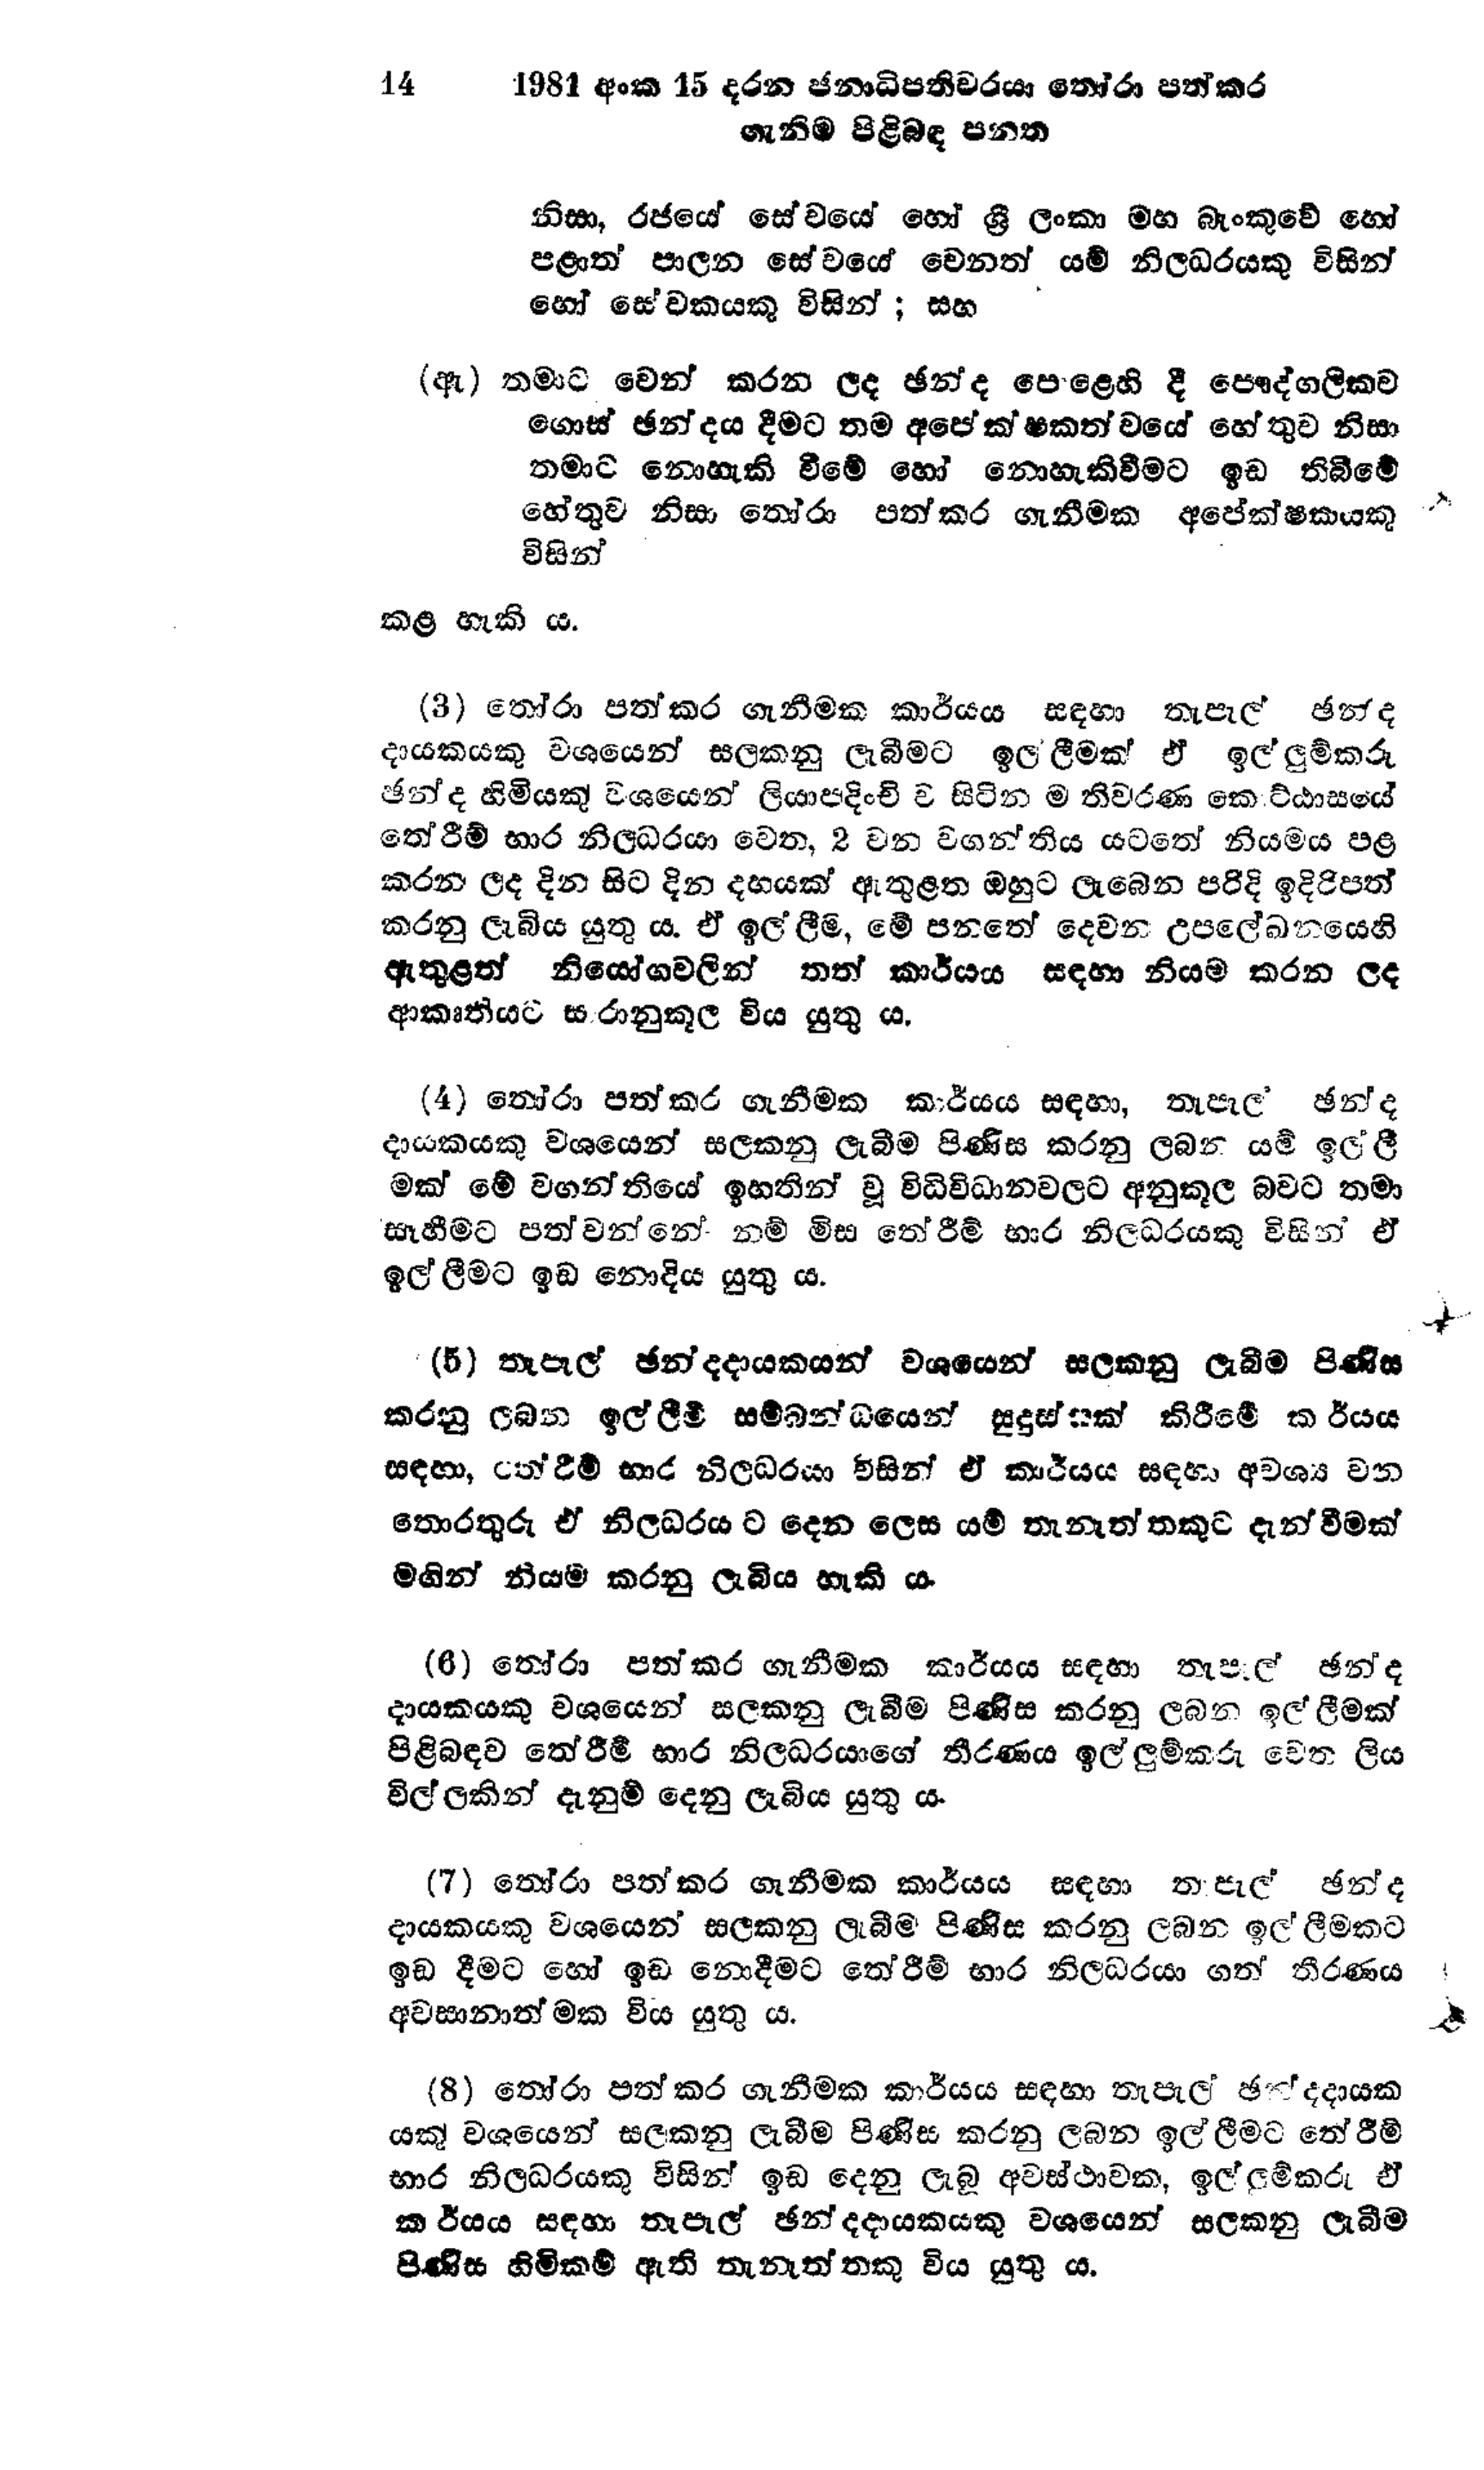
14	1981 අංක 15 දරන ජනාධිපතිවරයා තෝරා පත් කර
			ගැනීම පිළිබඳ පනත

නිසා, රජයේ සේවයේ හෝ ශ්‍රී ලංකා මහ බැංකුවේ හෝ
පළාත් පාලන සේවයේ වෙනත් යම් නිලධරයකු විසින්
හෝ සේවකයකු විසින් ; සහ

(ඇ) තමාට වෙන් කරන ලද ඡන්ද පොළෙහි දී පෞද්ගලිකව
ගොස් ඡන්දය දීමට තම අපේක්ෂකත්වයේ හේතුව නිසා
තමාට නොහැකි වීමේ හෝ නොහැකිවීමට ඉඩ තිබීමේ
හේතුව නිසා තෝරා පත් කර ගැනීමක අපේක්ෂකයකු
විසින්

කළ හැකි ය.

(3) තෝරා පත්කර ගැනීමක කාර්යය සඳහා තැපැල් ඡන්ද
දායකයකු වශයෙන් සලකනු ලැබීමට ඉල්ලීමක් ඒ ඉල්ලුම්කරු
ඡන්ද හිමියකු වශයෙන් ලියාපදිංචි ව සිටින මැතිවරණ කොට්ඨාසයේ
තේරීම් භාර නිලධරයා වෙත, 2 වන වගන්තිය යටතේ නියමය පළ
කරන ලද දින සිට දින දහයක් ඇතුළත ඔහුට ලැබෙන පරිදි ඉදිරිපත්
කරනු ලැබිය යුතු ය. ඒ ඉල්ලීම, මේ පනතේ දෙවන උපලේඛනයෙහි
ඇතුළත් නියෝගවලින් තත් කාර්යය සඳහා නියම කරන ලද
ආකෘතියට සාරානුකූල විය යුතු ය.

(4) තෝරා පත් කර ගැනීමක කාර්යය සඳහා, තැපෑල ඡන්ද
දායකයකු වශයෙන් සලකනු ලැබීම පිණිස කරනු ලබන යම් ඉල්ලී
මක් මේ වගන්තියේ ඉහතින් වූ විධිවිධානවලට අනුකූල බවට තමා
සෑහීමට පත්වන්නේ නම් මිස තේරීම් භාර නිලධරයකු විසින් ඒ
ඉල්ලීමට ඉඩ නොදිය යුතු ය.

(5) තැපැල් ඡන්දදායකයන් වශයෙන් සලකනු ලැබීම පිණිස
කරනු ලබන ඉල්ලීම් සම්බන්ධයෙන් සුදුස්සෙක් කිරීමේ කාර්යය
සඳහා, තේරිම් භාර නිලධරයා විසින් ඒ කාර්යය සඳහා අවශ්‍ය වන
තොරතුරු ඒ නිලධරයාට දෙන ලෙස යම් තැනැත්තකුට දැන්වීමක්
මගින් නියම කරනු ලැබිය හැකි ය.

(6) තෝරා පත් කර ගැනීමක කාර්යය සඳහා තැපැල් ඡන්ද
දායකයකු වශයෙන් සලකනු ලැබීම පිණිස කරනු ලබන ඉල්ලීමක්
පිළිබඳව තේරීම් භාර නිලධරයාගේ තීරණය ඉල්ලුම්කරු වෙත ලිය
විල්ලකින් දැනුම් දෙනු ලැබිය යුතු ය.

(7) තෝරා පත් කර ගැනීමක කාර්යය සඳහා තැපැල් ඡන්ද
දායකයකු වශයෙන් සලකනු ලැබීම පිණිස කරනු ලබන ඉල්ලීමකට
ඉඩ දීමට හෝ ඉඩ නොදීමට තේරීම් භාර නිලධරයා ගත් තීරණය
අවසානාත්මක විය යුතු ය.

(8) තෝරා පත් කර ගැනීමක කාර්යය සඳහා තැපැල් ඡන්දදායක
යකු වශයෙන් සලකනු ලැබීම පිණිස කරනු ලබන ඉල්ලීමට තේරීම්
භාර නිලධරයකු විසින් ඉඩ දෙනු ලැබූ අවස්ථාවක, ඉල්ලුම්කරු ඒ
කාර්යය සඳහා තැපැල් ඡන්දදායකයකු වශයෙන් සලකනු ලැබීම
පිණිස හිමිකම් ඇති තැනැත්තකු විය යුතු ය.